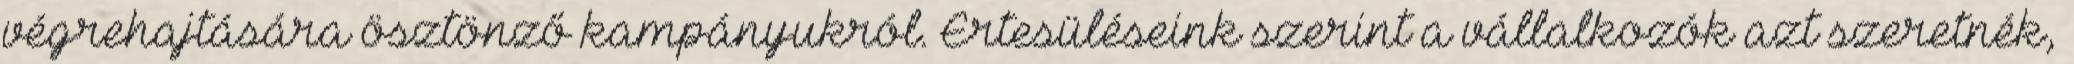
végrehajtására ösztönző kampányukról. Értesüléseink szerint a vállalkozók azt szeretnék,